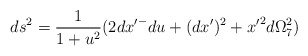
\begin{align*}ds^2=\frac{1}{1+u^2}(2{dx'}^-du +(dx')^2 +{x'}^2 d\Omega_7^2)\end{align*}